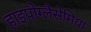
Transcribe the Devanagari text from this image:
हाइपोग्लैसेमिया